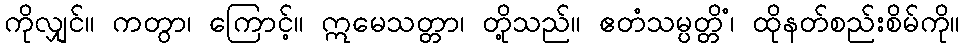
ကိုလျှင်။ ကတွာ၊ ကြောင့်။ ဣမေသတ္တာ၊ တို့သည်။ ဧတံသမ္ပတ္တိံ၊ ထိုနတ်စည်းစိမ်ကို။